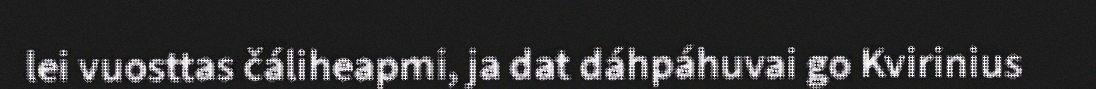
lei vuosttas čáliheapmi, ja dat dáhpáhuvai go Kvirinius